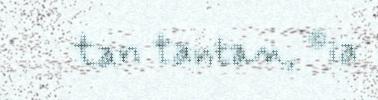
tan tantan, ©ia